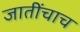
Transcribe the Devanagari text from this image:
जातींचाच